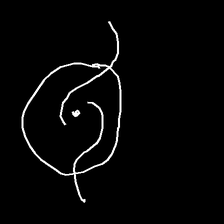
Glyph: repetition